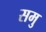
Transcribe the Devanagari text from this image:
समु